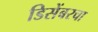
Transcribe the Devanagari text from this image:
डिसेंबरचा